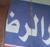
رالرض